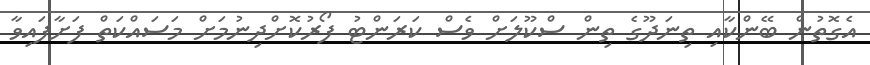
އެގޮތުން ބޭންކާއި ތިނަދޫގެ ތިން ސްކޫލަށް ވެސް ކަރަންޓު ފޯރުކޮށްދިނުމަށް މަސައްކަތް ފަށާފައިވާ